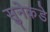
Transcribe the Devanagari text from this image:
सुनेकडे